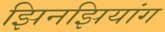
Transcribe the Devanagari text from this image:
झिनझियांग